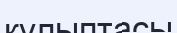
құлыптасы